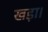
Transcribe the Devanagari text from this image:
खड़ा।